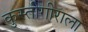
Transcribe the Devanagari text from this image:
कुस्तीगीराला